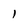
Character: l